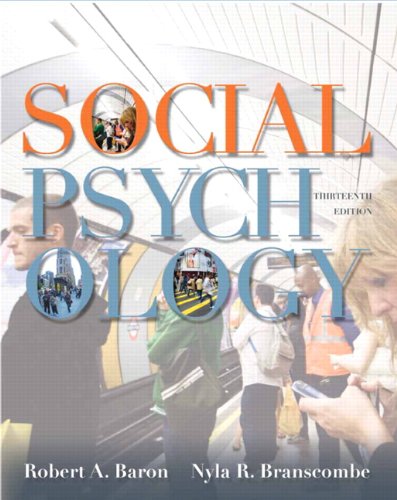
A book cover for Social Psychology (13th Edition); Robert A. Baron; Medical Books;